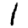
Digit: 1